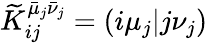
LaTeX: \widetilde{K}_{ij}^{\bar{\mu}_{j}\bar{\nu}_{j}}=(i\mu_{j}\vert j\nu_{j})